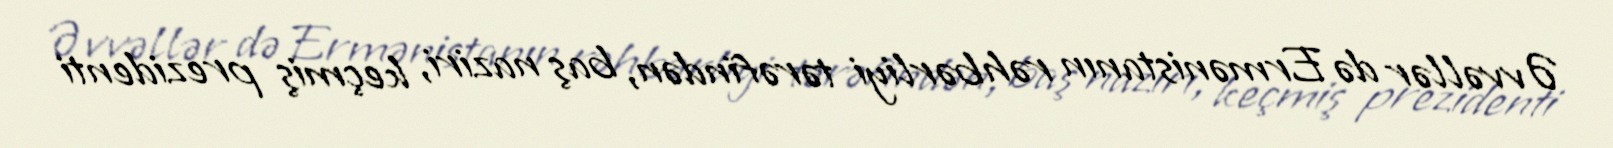
Əvvəllər də Ermənistanın rəhbərliyi tərəfindən, baş naziri, keçmiş prezidenti